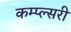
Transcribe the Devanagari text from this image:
कम्प्ल्सरी